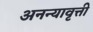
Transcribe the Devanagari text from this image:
अनन्यावृत्ती